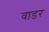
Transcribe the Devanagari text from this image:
वाडर